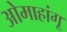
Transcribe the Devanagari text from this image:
ओमाहांगू